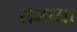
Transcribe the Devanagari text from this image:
राजच्या